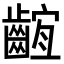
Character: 𪘫